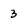
Character: 3